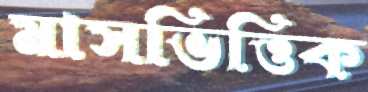
মাসভিত্তিক